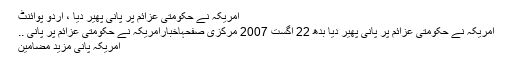
امریکہ نے حکومتی عزائم پر پانی پھیر دیا ، اُردو پوائنٹ
امریکہ نے حکومتی عزائم پر پانی پھیر دیا بدھ 22 اگست 2007 مرکزی صفحہاخبارامریکہ نے حکومتی عزائم پر پانی ..
امریکہ پانی مزید مضامین